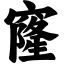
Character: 窿